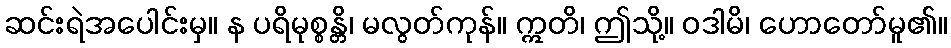
ဆင်းရဲအပေါင်းမှ။ န ပရိမုစ္စန္တိ၊ မလွတ်ကုန်။ ဣတိ၊ ဤသို့။ ဝဒါမိ၊ ဟောတော်မူ၏။